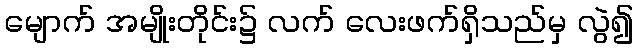
မျောက် အမျိုးတိုင်း၌ လက် လေးဖက်ရှိသည်မှ လွဲ၍